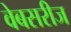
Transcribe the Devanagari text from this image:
वेबसरीज